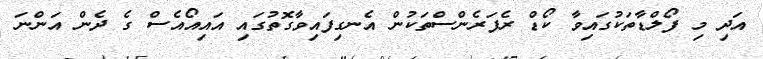
އަދި މި ފޯލްޑާތަކުގައިވާ ކޯޑް ރެފަރެންސްތަކުން އެނގިފައިވާގޮތުގައި އައިއޯއެސް ގެ ދެން އަންނަ